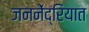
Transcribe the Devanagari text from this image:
जननेंद्रियात